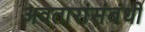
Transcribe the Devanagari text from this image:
अवतारांसंबंधी